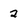
Character: 2